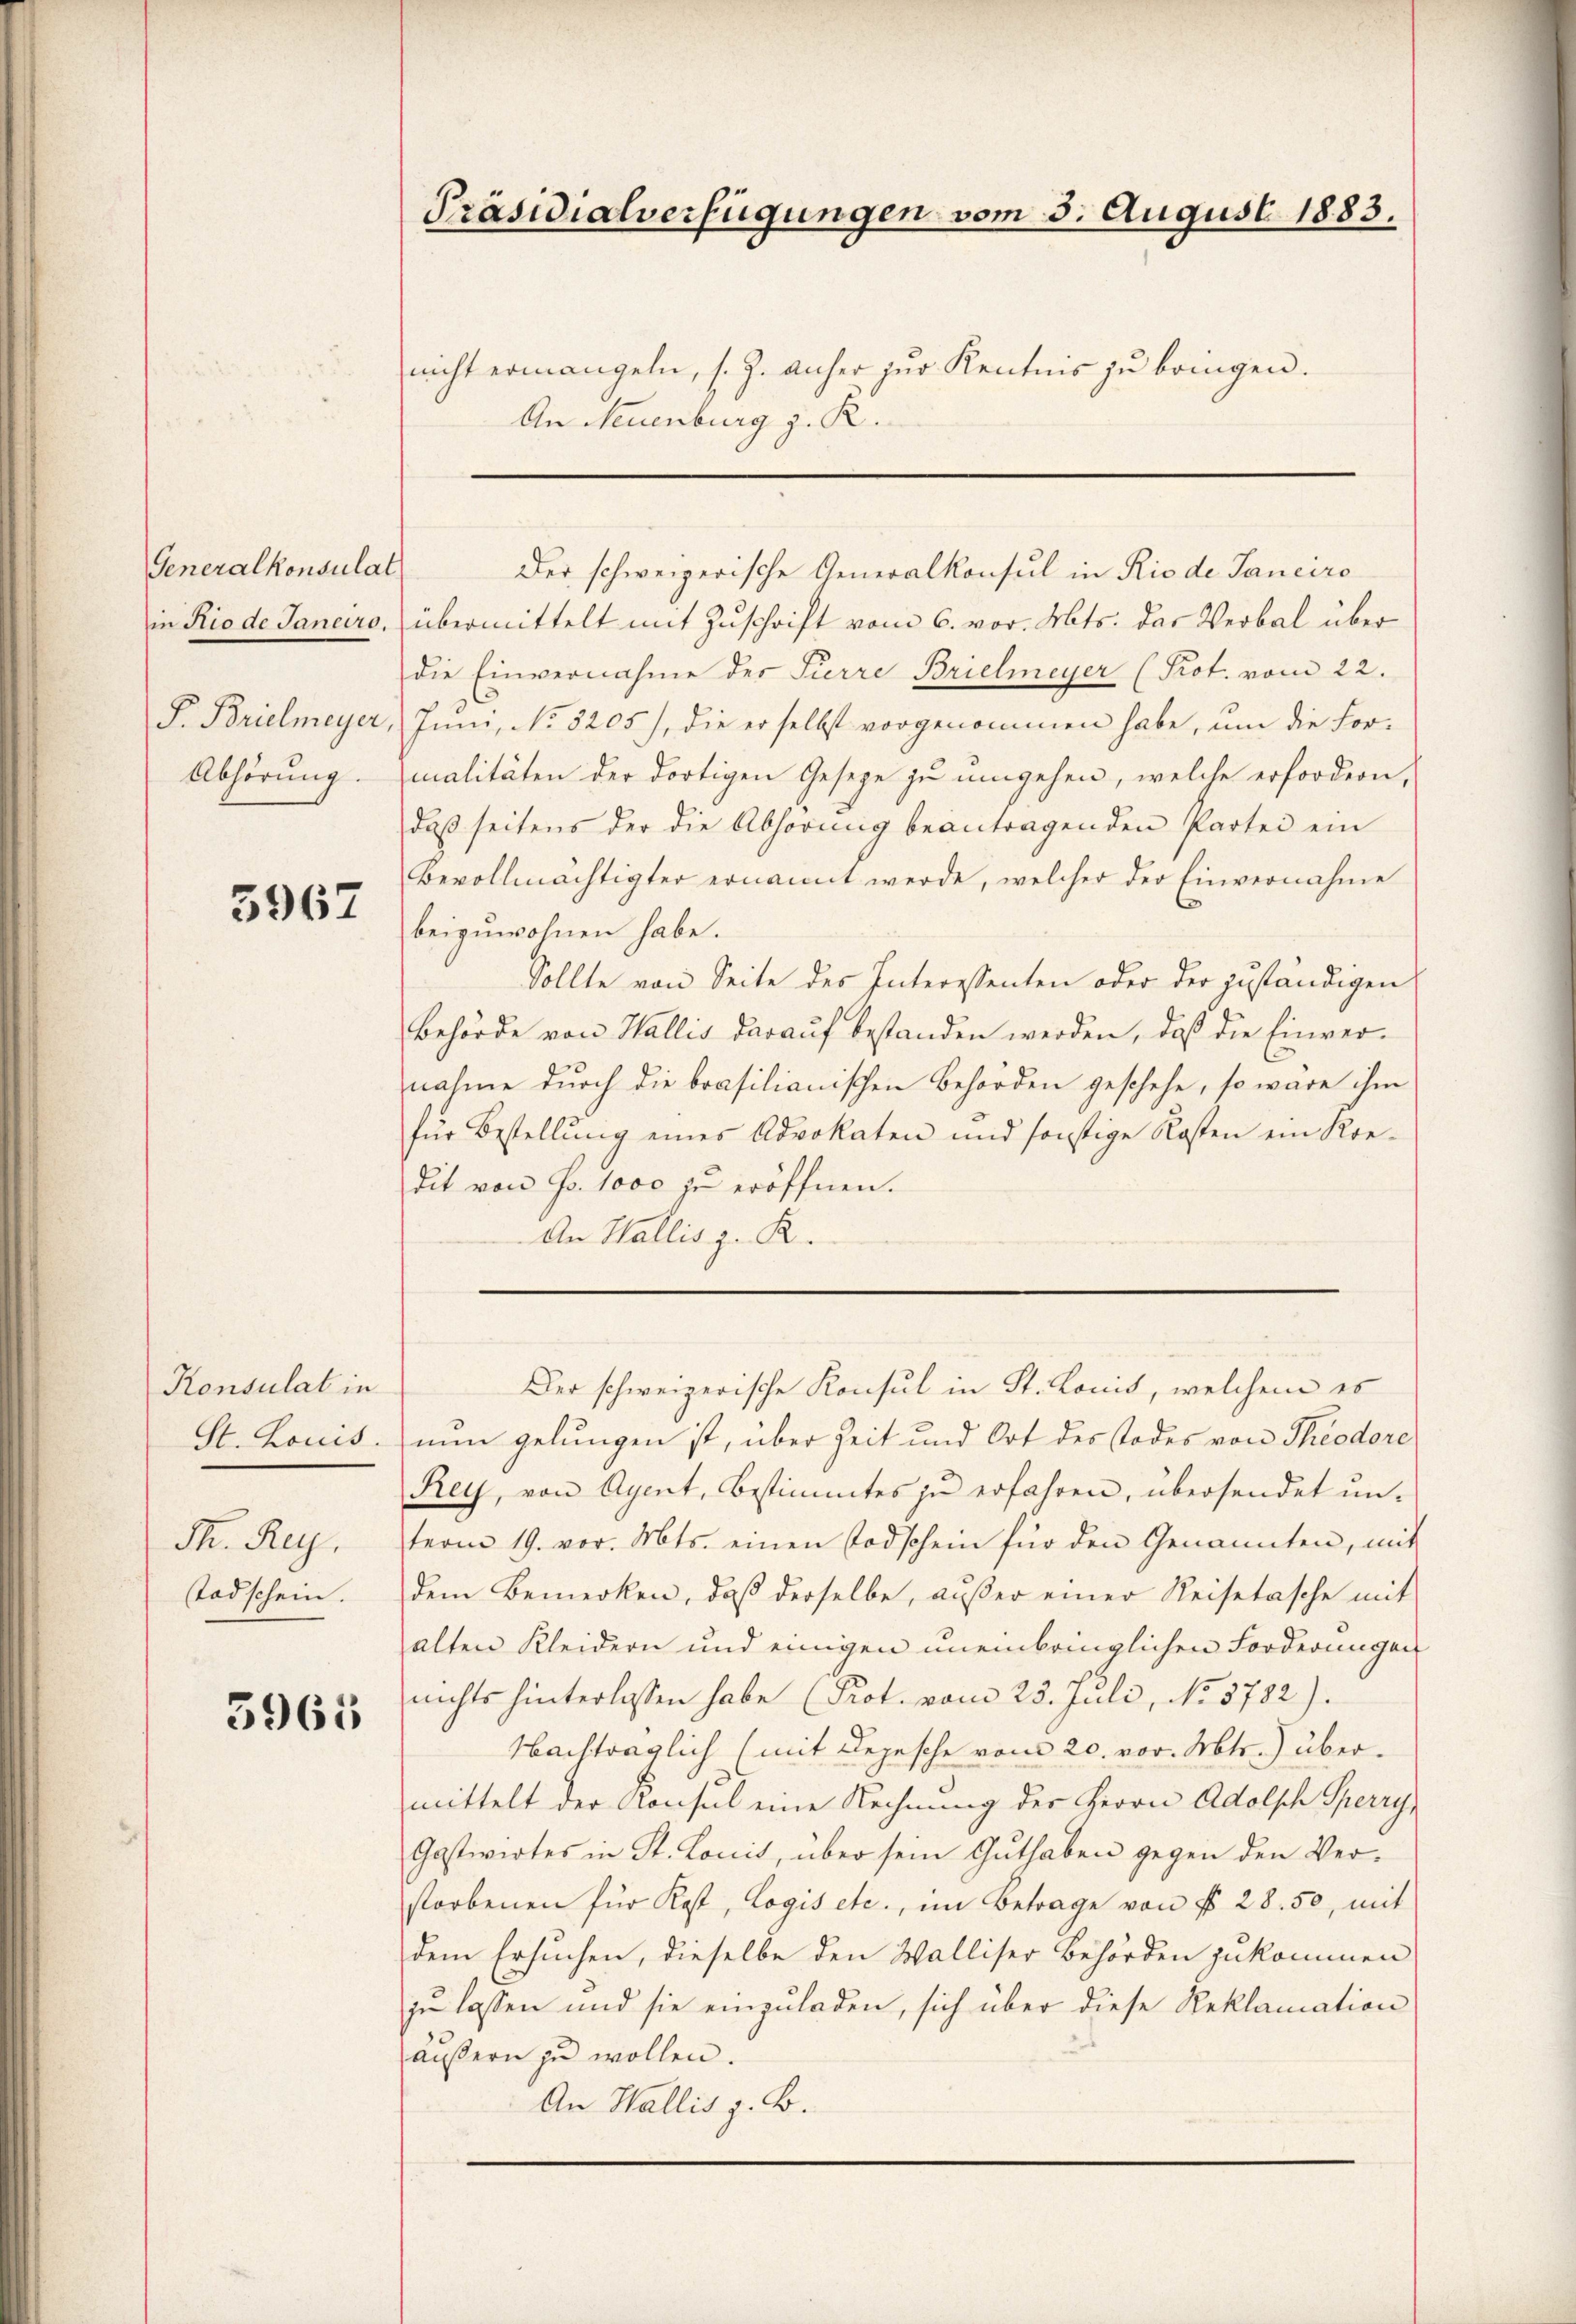
Generalkonsulat
Abhörung.

5967

Konsulat in

M. Reg.
Todschein.

3965

Präsidialverfügungen vom 3. August 1883.

nicht ermangeln, s. Z. anher zur Kenntnis zu bringen.
An Neuenburg z. R.

Der schweizerische Generalkonsul in Rio de Janeiro

in Rio de Janaro, übermittelt mit Zuschrift vom 6. vor. Mts. das Verbal über
die Einvernahme der Pierre Brielmeyer (Prot. vom 22.
F. Brielmeyer, Juni, No. 3205), die er selbst vorgenommen habe, um die Formalitäten der dortigen Geseze zu umgehen, welche erfordern,
daβ seitens der die Abhörung beantragenden Partei ein
Bevollmächtigter ernannt werde, welcher der Einvernahme
beizuwohnen habe.
Sollte von Seite des Interessenten oder der zuständigen
Behörde von Wallis darauf bestanden werden, daß die Einvernahme durch die brasilianischen Behörden geschehe, so wäre ihm
für Bestellŭng eines Advokaten und sonstige Kosten ein Kre-
dit von Fr. 1000 zu eröffnen.
An Wallis z. R.

Der schweizerische Konsul in St. Lonis, welchem es
St. Louis, nun gelungen ist, über Zeit und Ort des Todes von Theodore
Rey, von Agent, Bestimmtes zu erfahren, übersendet unterm 19. vor. Mts. einen Todschein für den Genannten, mit
dem Bemerken, daβ derselbe, aŭβer einer Reisetasche mit
alten Kleidern und einigen uneinbringlichen Forderungen
nichts hinterlassen habe (Prot. vom 23. Juli, No 5782).
Nachträglich (mit Depesche vom 20. vor. Mts. übermittelt der Konsul eine Rechnung der Herrn Adolsch Sperry,
Gastwirtes in St. Locis, über sein Guthaben gegen den Verstorbenen für Kost, Logis etc., im Betrage von f. 28. 50, mit
dem Ersuchen, dieselbe den Walliser Behörden zukommen
zu lassen und sie einzuladen, sich über diese Reklamation
äußern zu wollen.
An Wallis z. B.